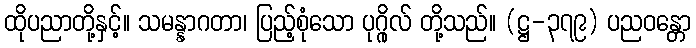
ထိုပညာတို့နှင့်။ သမန္နာဂတာ၊ ပြည့်စုံသော ပုဂ္ဂိုလ် တို့သည်။ (ဋ္ဌ-၃၇၉) ပညဝန္တော